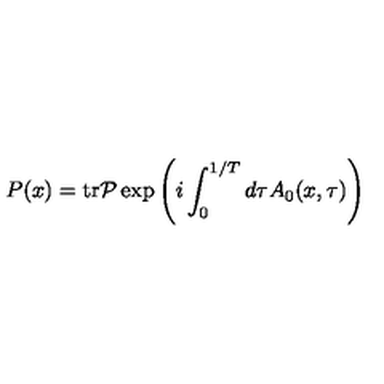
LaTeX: P ( x ) = \mathrm { t r } { \cal P } \exp \left( i \int _ { 0 } ^ { 1 / T } d \tau A _ { 0 } ( x , \tau ) \right)